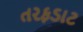
તરફડાટ